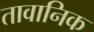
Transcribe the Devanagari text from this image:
तावानिक